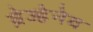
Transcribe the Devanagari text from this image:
ब्रेज्हेनेव